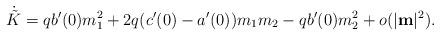
LaTeX: \begin{align*}\dot{\tilde K}=qb'(0)m_1^2+2q(c'(0)-a'(0))m_1m_2-qb'(0)m_2^2+o(|\mathbf{m}|^2).\end{align*}